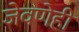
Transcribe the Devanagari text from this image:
जेवणेही